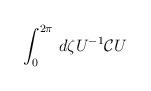
LaTeX: \begin{align*}\int_{0}^{2\pi} \, d\zeta U^{-1} {\cal C} U\end{align*}